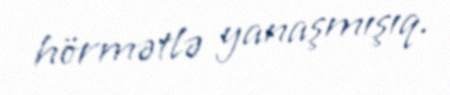
hörmətlə yanaşmışıq.